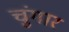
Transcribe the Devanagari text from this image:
चुंगार